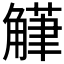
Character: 𮗴